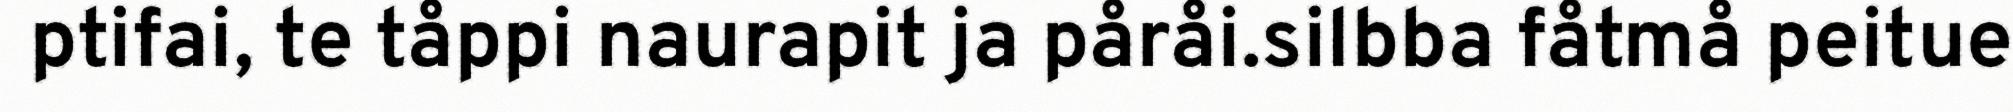
ptifai, te tåppi naurapit ja påråi.silbba fåtmå peitue